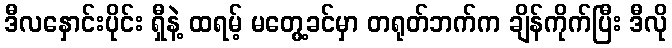
ဒီလနှောင်းပိုင်း ရှီနဲ့ ထရမ့် မတွေ့ခင်မှာ တရုတ်ဘက်က ချိန်ကိုက်ပြီး ဒီလို